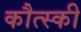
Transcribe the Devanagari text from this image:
कौत्स्की